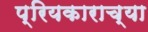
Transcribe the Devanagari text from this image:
प्रियकाराच्या